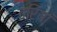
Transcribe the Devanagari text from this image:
वरियां